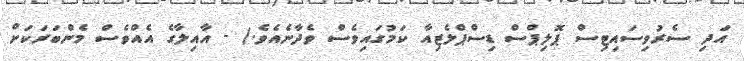
އަދި ސެރުވިސައިޓިސް ޕޮލިޕްސް ޑިސްޕްލެޒިއާ ކަމުގައިވެސް ވެދާނެއެވެ.) - އާއިލާގެ އެއްވެސް މެންބަރަކަށް